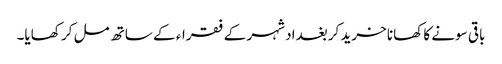
باقی سونے کا کھانا خرید کر بغداد شہر کے فقراء کے ساتھ مل کر کھایا۔